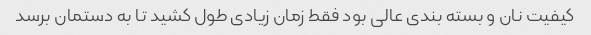
کیفیت نان و بسته بندی عالی بود فقط زمان زیادی طول کشید تا به دستمان برسد